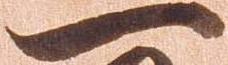
一